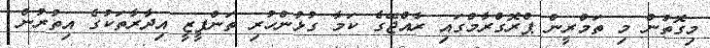
މިގޮތުން މި ތަމްރީން ޕްރޮގްރާމްގައި ރާއްޖޭގެ ކަމާ ގުޅުންހުރި ތަންފީޒީ އިދާރާތަކުގެ އިތުރުން